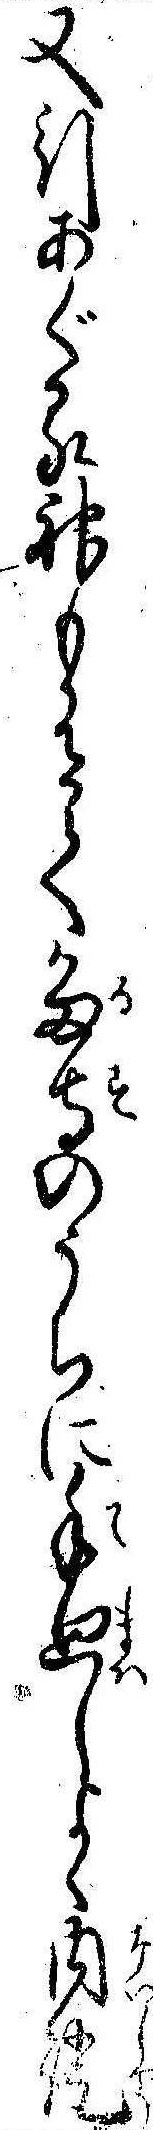
又引あぐる神も有て留守のうちに手廻しよく内証